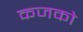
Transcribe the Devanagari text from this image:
कजको